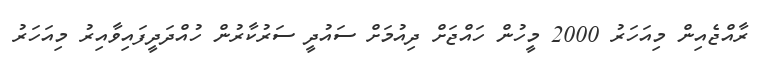
ރާއްޖެއިން މިއަހަރު 2000 މީހުން ހައްޖަށް ދިއުމަށް ސައުދީ ސަރުކާރުން ހުއްދަދީފައިވާއިރު މިއަހަރު